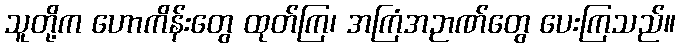
သူတို့က ဟောကိန်းတွေ ထုတ်ကြ၊ အကြံအဉာဏ်တွေ ပေးကြသည်။